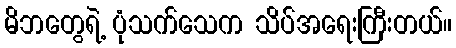
မိဘတွေရဲ့ ပုံသက်သေက သိပ်အရေးကြီးတယ်။